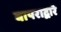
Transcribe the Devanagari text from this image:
वापराद्वारे